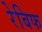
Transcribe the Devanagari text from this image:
रेबिफ